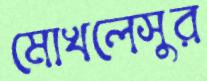
মোখলেসুর